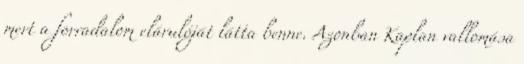
mert a forradalom elárulóját látta benne. Azonban Kaplan vallomása